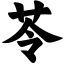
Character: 苓